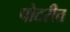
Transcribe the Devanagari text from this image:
पोटरीत